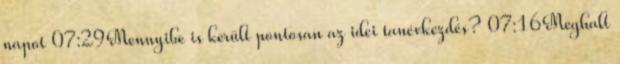
napot 07:29Mennyibe is került pontosan az idei tanévkezdés? 07:16Meghalt